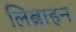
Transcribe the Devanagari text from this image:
लिब्राहन